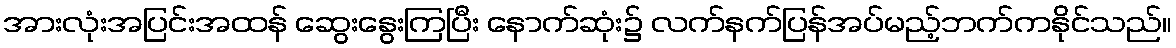
အားလုံးအပြင်းအထန် ဆွေးနွေးကြပြီး နောက်ဆုံး၌ လက်နက်ပြန်အပ်မည့်ဘက်ကနိုင်သည်။